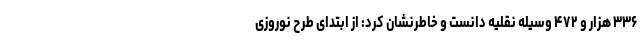
۳۳۶ هزار و ۴۷۲ وسیله نقلیه دانست و خاطرنشان کرد: از ابتدای طرح نوروزی